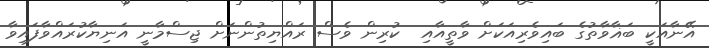
އޭނާއަކީ ބަޣާވާތުގެ ބައިވެރިއަކަށް ވާތީއާއި  ކުރިން ވެސް ރައްޔިތުންނަށް ޖިސްމާނީ އަނިޔާކުރައްވާފައިވާ